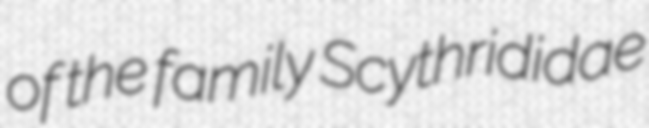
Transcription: of the family Scythrididae